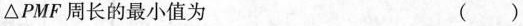
△PMF周长的最小值为 ()